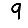
Digit: 9